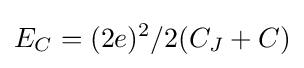
E_{C}=(2e)^{2}/2(C_{J}+C)